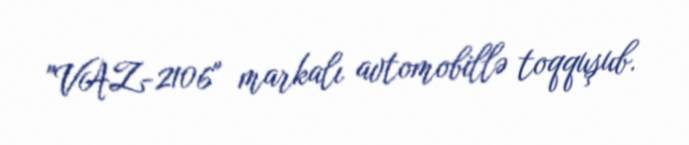
"VAZ-2106" markalı avtomobillə toqquşub.